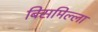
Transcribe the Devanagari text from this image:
बिसमिल्ला